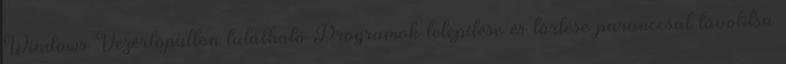
Windows Vezérlőpulton található Programok telepítése és törlése paranccsal távolítsa